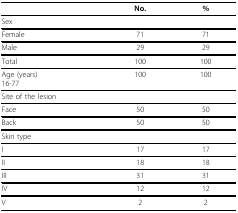
<table><thead><tr><td></td><td><b>No.</b></td><td><b>%</b></td></tr></thead><tbody><tr><td>Sex</td><td></td><td></td></tr><tr><td>Female</td><td>71</td><td>71</td></tr><tr><td>Male</td><td>29</td><td>29</td></tr><tr><td>Total</td><td>100</td><td>100</td></tr><tr><td>Age (years)16-77</td><td>100</td><td>100</td></tr><tr><td>Site of the lesion</td><td></td><td></td></tr><tr><td>Face</td><td>50</td><td>50</td></tr><tr><td>Back</td><td>50</td><td>50</td></tr><tr><td>Skin type</td><td></td><td></td></tr><tr><td>I</td><td>17</td><td>17</td></tr><tr><td>II</td><td>18</td><td>18</td></tr><tr><td>III</td><td>31</td><td>31</td></tr><tr><td>IV</td><td>12</td><td>12</td></tr><tr><td>V</td><td>2</td><td>2</td></tr></tbody></table>